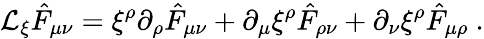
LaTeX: {\cal L}_{\xi}\hat{F}_{\mu\nu}=\xi^{\rho}\partial_{\rho}\hat{F}_{\mu\nu}+\partial_{\mu}\xi^{\rho}\hat{F}_{\rho\nu}+\partial_{\nu}\xi^{\rho}\hat{F}_{\mu\rho}\ .